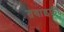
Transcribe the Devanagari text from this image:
तवाइफ़ी